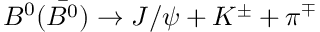
B ^ { 0 } ( \bar { B ^ { 0 } } ) \rightarrow J / \psi + K ^ { \pm } + \pi ^ { \mp }